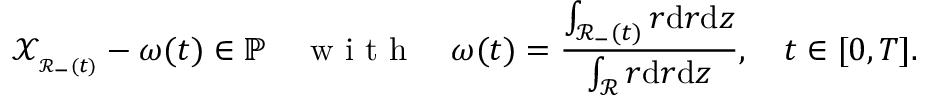
\mathscr { X } _ { _ { \mathscr { R } _ { - } ( t ) } } - \omega ( t ) \in { \mathbb { P } } \quad \mathrm { ~ w ~ i ~ t ~ h ~ } \quad \omega ( t ) = \frac { \int _ { \mathscr { R } _ { - } ( t ) } r \mathrm { d } r \mathrm { d } z } { \int _ { \mathscr { R } } r \mathrm { d } r \mathrm { d } z } , \quad t \in [ 0 , T ] .